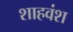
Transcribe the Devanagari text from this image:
शाहवंश